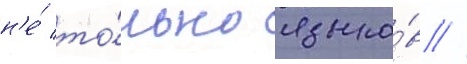
н'е́ то́лько языко́в //